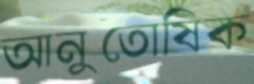
আনুতোষিক